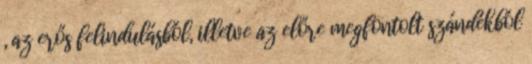
, az erős felindulásból, illetve az előre megfontolt szándékból